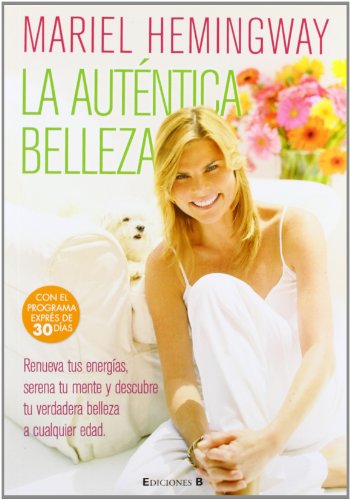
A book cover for La utentica belleza (Spanish Edition); Mariel Hemingway; Health, Fitness & Dieting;